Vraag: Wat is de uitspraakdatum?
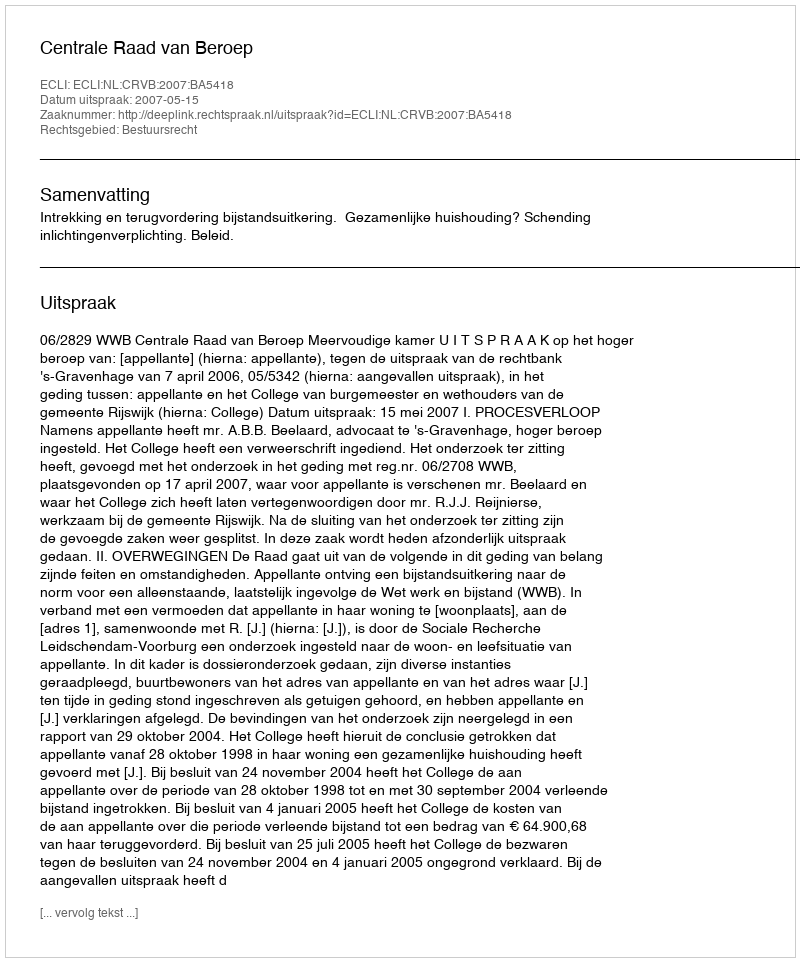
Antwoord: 2007-05-15